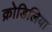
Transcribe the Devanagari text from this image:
क्रोडिलिया